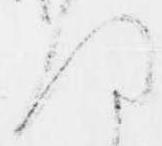
ほ